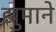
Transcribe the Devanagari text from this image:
झुमाने